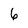
Character: 6